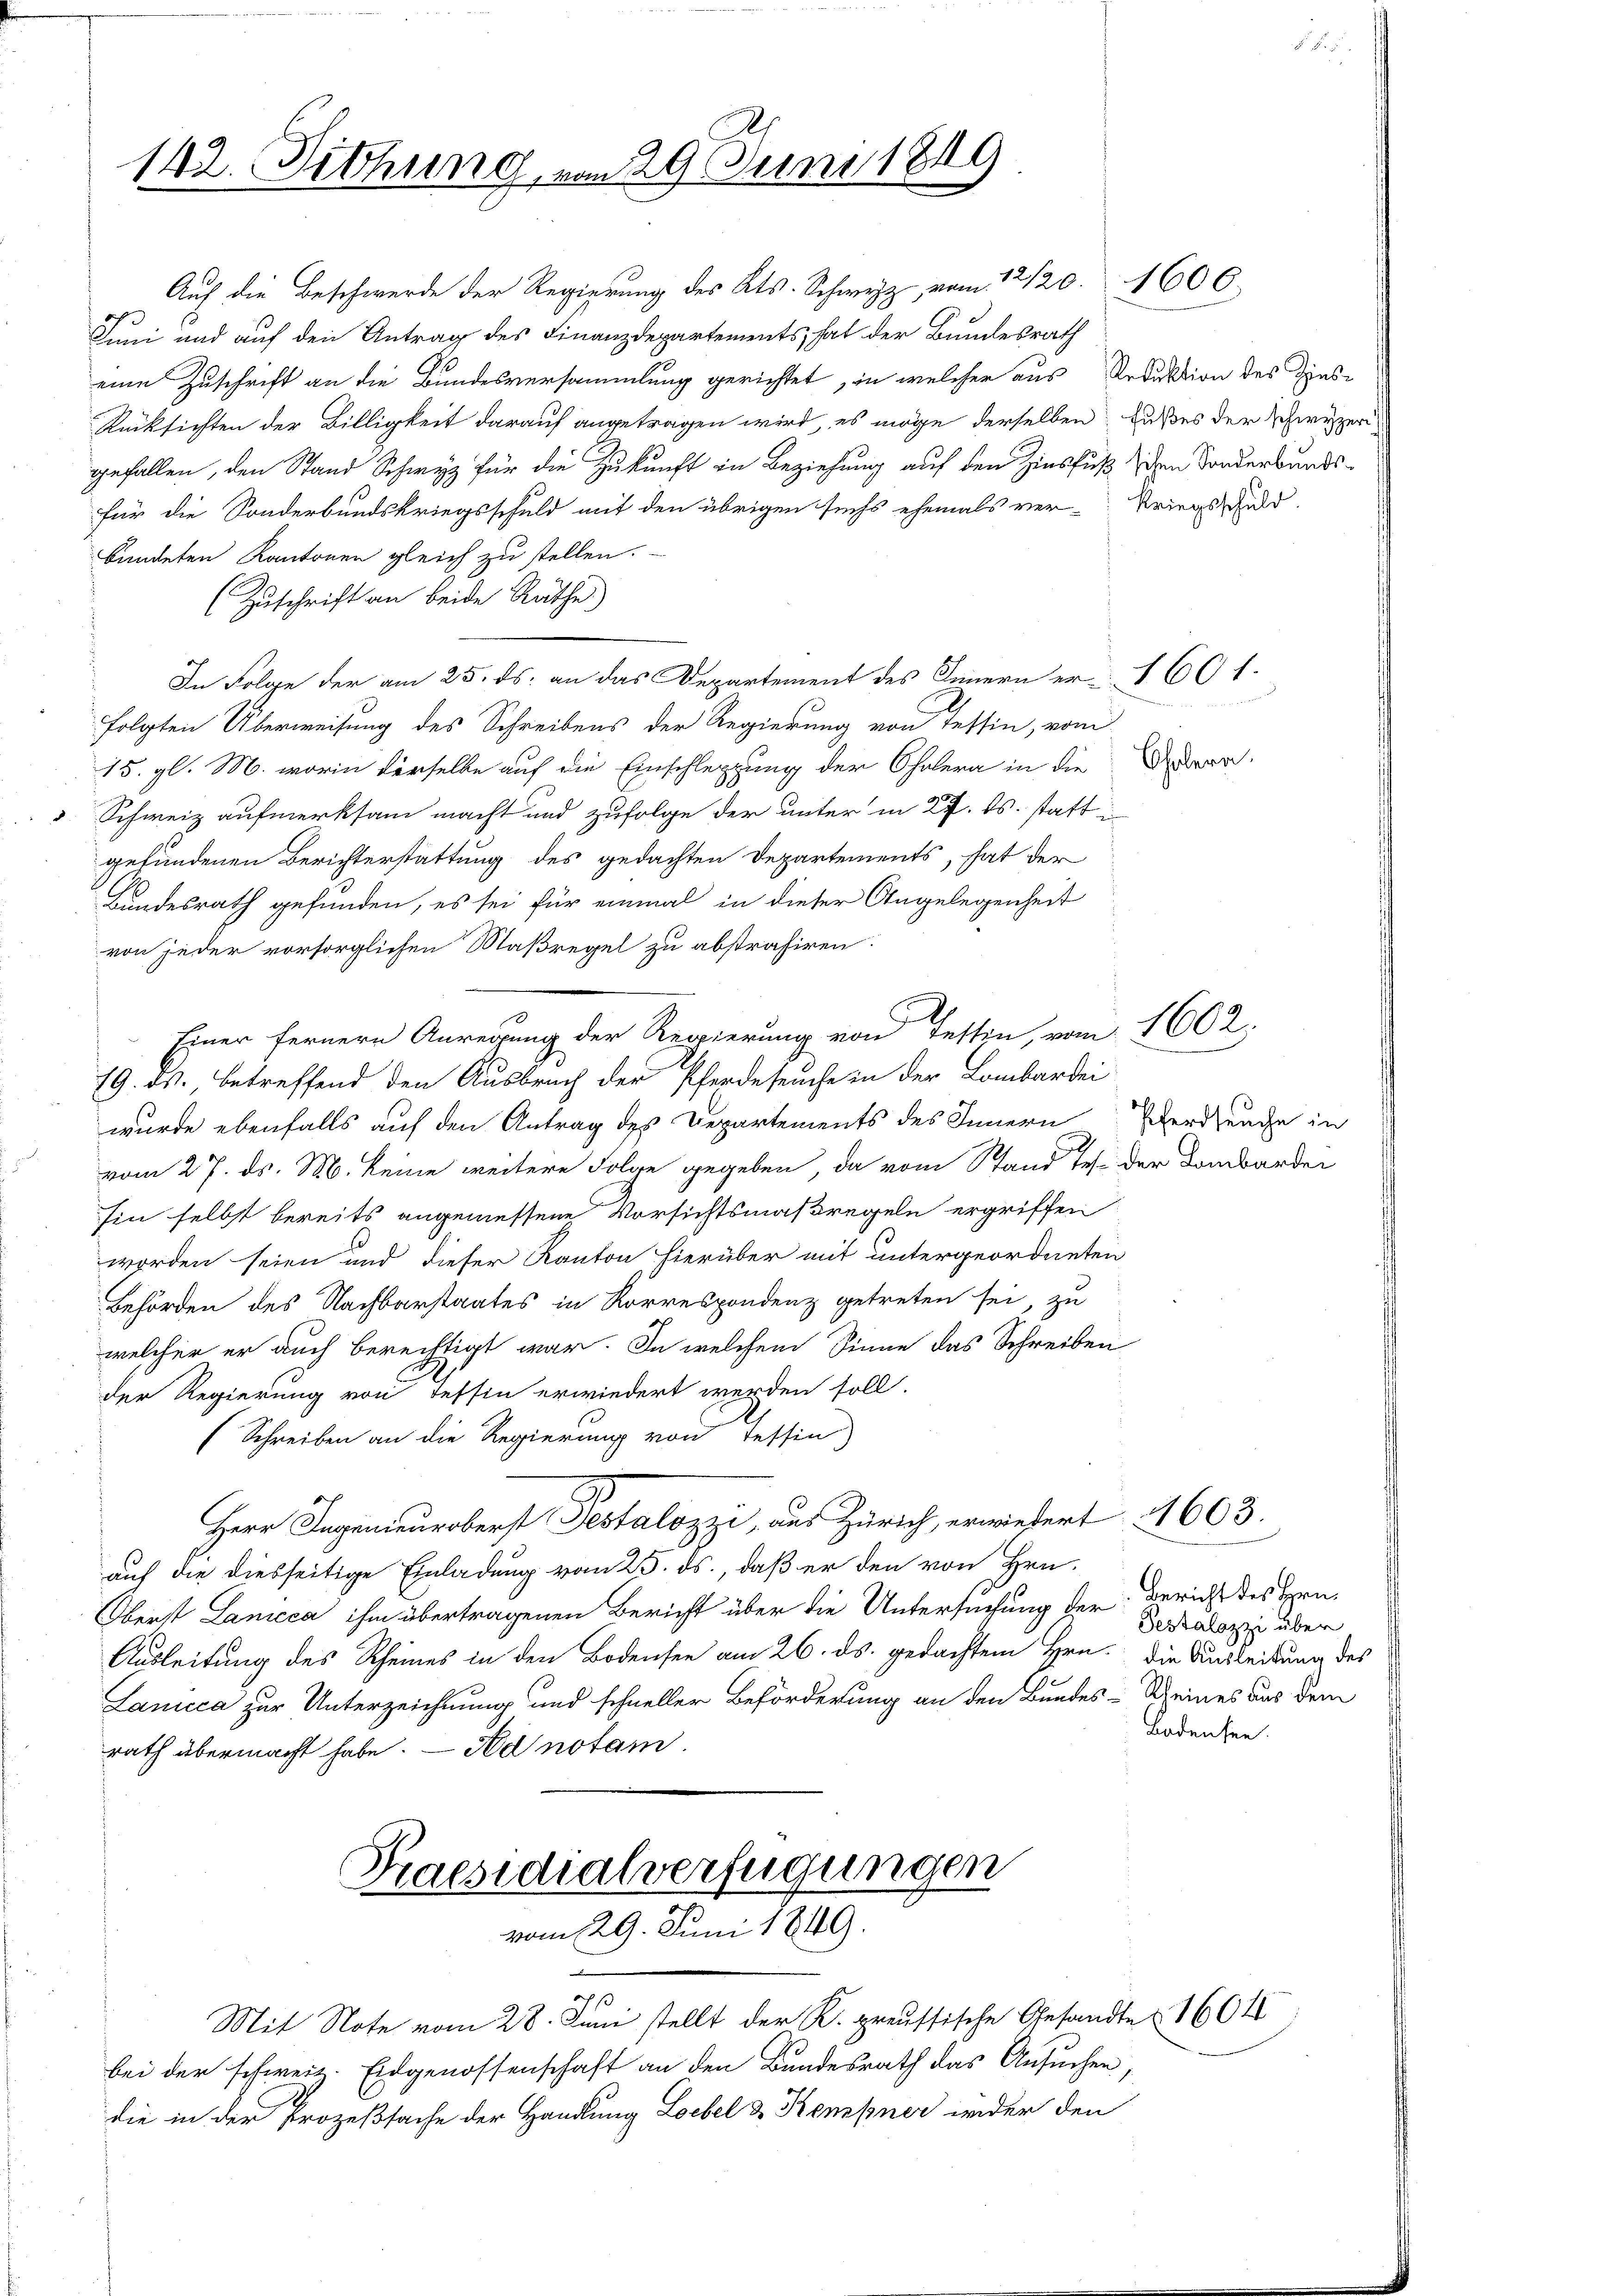
Auf die Beschwerde der Regierung des Kts. Schweiz vom 12/20. 1606.
Juni und auf den Antrag des Finanzdepartements, hat der Bundesrath
eine Zuschrift an die Bundesversammlung gerichtet, in welcher aus Reduktion des Zinse
Rücksichten der Billigkeit darauf angetragen wird, es möge derselben Fußes der Schwyzer
gefallen, den Stand Schwyz für die Zukunft in Beziehung auf den Zinsfuß den Sonderbandsfür die Sonderbundskriegsschuld mit den übrigen sechs ehemals ver-Kriegsschuld
bündeten Kantonen gleich zu stellen.
(Zuschrift an beide Rathe
In Folge der am 25. ds. an das Departement des Innern er 160 f.
folgten Überweisung des Schreibens der Regierung von Tessin, vom
15. gl. M. worin derselbe auf die Einschleppung der Cholera in die Aerar¬
 Schweiz aufmerksam macht und zufolge der unter in 27. ds. statt i
gefundenen Berichterstattung des gedachten Departements, hat der
Bundesrath gefunden, es sei für einmal in dieser Angelegenheit
von jeder vorsorglichen Maßregel zu abstrahiren.
Einer fernern Anregung der Regierung von Tessin, vom 1602.
79. ds., betreffend den Ausbrach der Pferdeseuche in der Lombardei
wurde ebenfalls auf den Antrag des Departements des Innern erdrache in
vom 27. ds. M. keine weitere Folge gegeben, da vom Stand es der Lombarder
hin selbst bereits angemessene Vorsichtsmaßregeln ergriffen
worden seien und dieser Kanton hierüber mit untergeordneten
Behörden des Nachbarstaates in Korrespondenz getreten sei, zu
welcher er auch berechtigt war. In welchem Sinne das Schreiben
der Regierung von Tessin erwiedert werden soll.
(Schreiben an die Regierung von Tessin
Herr Ingenieuroberst Pestalozzi, aus Zürich, erwiesert 1603.
auf die diesseitige Einladung vom 25. ds., daß er den von Hrn.
Oberst Lanicca ihm übertragenen Bericht über die Untersuchung der Bericht des Hrn
Ausleitung des Rheines in den Bodensee am 26. ds. gedachtem Hrn. Die Ausleidung des
Lanica zur Unterzeichnung und schneller Beförderung an den Bundes-Scheines aus dem
rath übermacht habe. — Aa notai
Praesidialverfügungen

142. Siehung, vom 29. Juni 1849

vom 29. Juni 1849.

—

3
Mit Note vom 28. Juni stellt der K. preussische Gesandte (1601
bei der schweiz. Eidgenossenschaft an den Bundesrath das Ansuchen,
die in der Prozeßsache der Handlung Leebel & Kempner weder den

e

Testalozzi über
Bodensee.